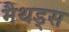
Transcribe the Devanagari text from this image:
मैथड्स